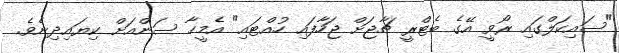
"ސައިކަލްގައި ރޯވީ އޭގެ ބެޓްރީ ޗާޖަށް ޖަހާފައި ހުއްޓައި" އެމީހާ ސަންއަށް ކިޔައިދިނެވެ.